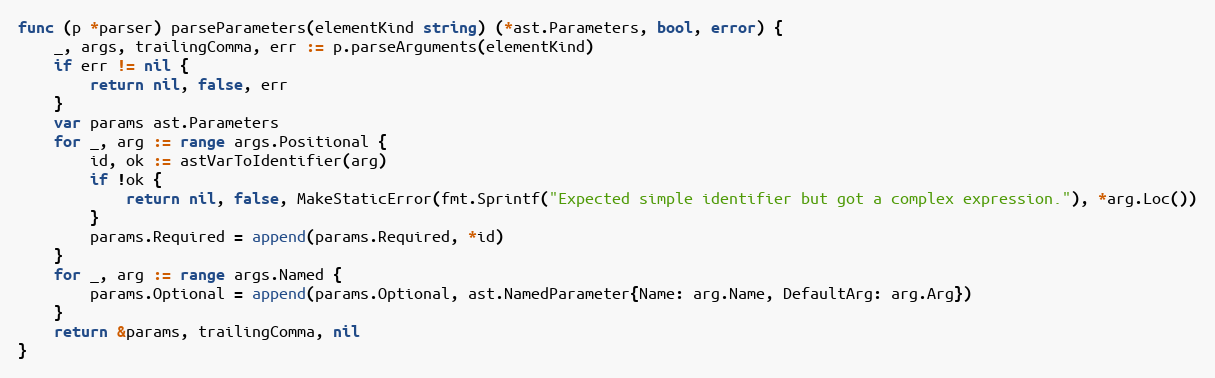
Language: Go
func (p *parser) parseParameters(elementKind string) (*ast.Parameters, bool, error) {
	_, args, trailingComma, err := p.parseArguments(elementKind)
	if err != nil {
		return nil, false, err
	}
	var params ast.Parameters
	for _, arg := range args.Positional {
		id, ok := astVarToIdentifier(arg)
		if !ok {
			return nil, false, MakeStaticError(fmt.Sprintf("Expected simple identifier but got a complex expression."), *arg.Loc())
		}
		params.Required = append(params.Required, *id)
	}
	for _, arg := range args.Named {
		params.Optional = append(params.Optional, ast.NamedParameter{Name: arg.Name, DefaultArg: arg.Arg})
	}
	return &params, trailingComma, nil
}